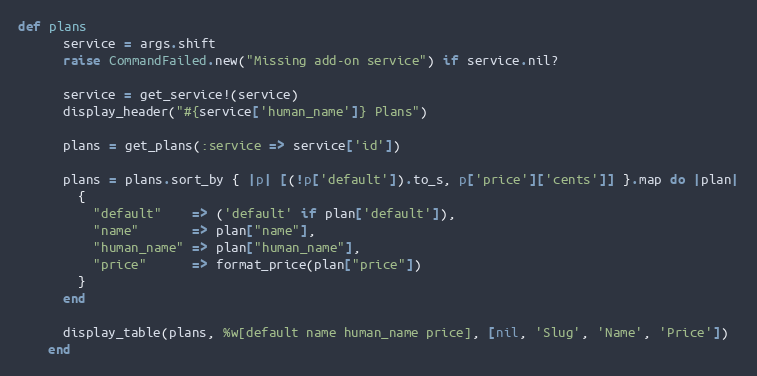
Language: Ruby
def plans
      service = args.shift
      raise CommandFailed.new("Missing add-on service") if service.nil?

      service = get_service!(service)
      display_header("#{service['human_name']} Plans")

      plans = get_plans(:service => service['id'])

      plans = plans.sort_by { |p| [(!p['default']).to_s, p['price']['cents']] }.map do |plan|
        {
          "default"    => ('default' if plan['default']),
          "name"       => plan["name"],
          "human_name" => plan["human_name"],
          "price"      => format_price(plan["price"])
        }
      end

      display_table(plans, %w[default name human_name price], [nil, 'Slug', 'Name', 'Price'])
    end